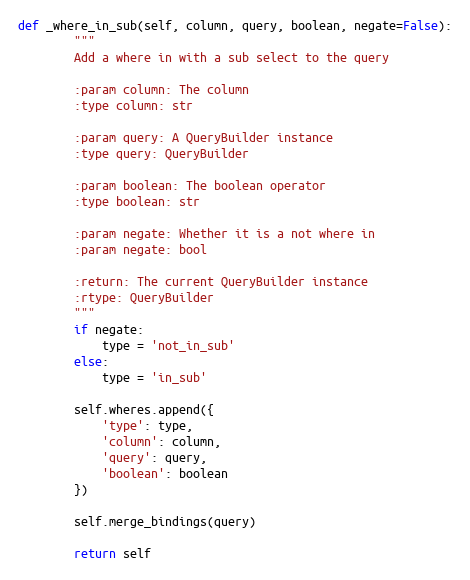
Language: Python
def _where_in_sub(self, column, query, boolean, negate=False):
        """
        Add a where in with a sub select to the query

        :param column: The column
        :type column: str

        :param query: A QueryBuilder instance
        :type query: QueryBuilder

        :param boolean: The boolean operator
        :type boolean: str

        :param negate: Whether it is a not where in
        :param negate: bool

        :return: The current QueryBuilder instance
        :rtype: QueryBuilder
        """
        if negate:
            type = 'not_in_sub'
        else:
            type = 'in_sub'

        self.wheres.append({
            'type': type,
            'column': column,
            'query': query,
            'boolean': boolean
        })

        self.merge_bindings(query)

        return self